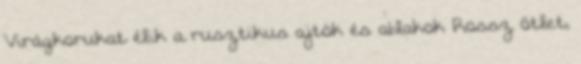
Virágkorukat élik a rusztikus ajtók és ablakok Rossz ötlet,